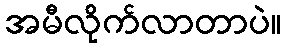
အမီလိုက်လာတာပဲ။